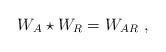
LaTeX: \begin{align*} W_A\star W_R = W_{AR} \ , \end{align*}